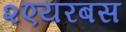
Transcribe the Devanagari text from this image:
२एयरबस